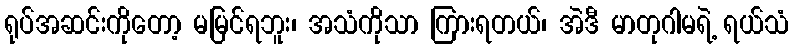
ရုပ်အဆင်းကိုတော့ မမြင်ရဘူး၊ အသံကိုသာ ကြားရတယ်၊ အဲဒီ မာတုဂါမရဲ့ ရယ်သံ